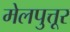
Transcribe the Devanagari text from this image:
मेलपुत्तूर